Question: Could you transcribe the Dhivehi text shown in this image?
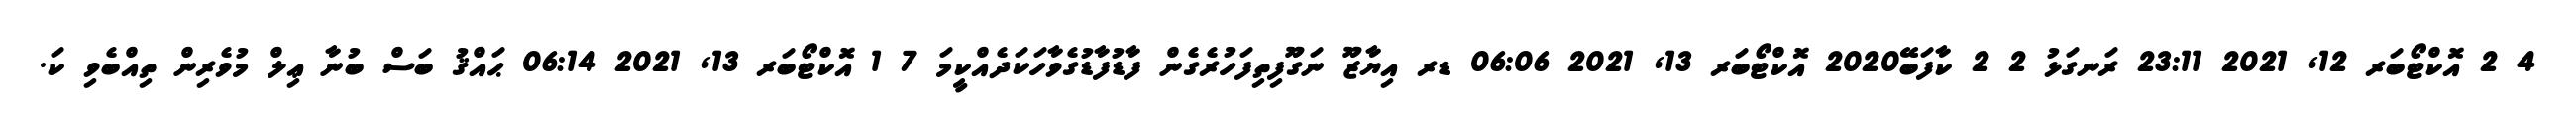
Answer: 4 2 އޮކްޓޯބަރ 12, 2021 23:11 ރަނގަޅު 2 2 ކާފަބޭ2020 އޮކްޓޯބަރ 13, 2021 06:06 ޑރ އިޔާޒޫ ނަގޫފިތިފަހުރެގެން ފާޑުފާޑުގެވާހަކަދެއްކީމަ 7 1 އޮކްޓޯބަރ 13, 2021 06:14 ޙައްޤު ބަސް ބުނާ ޢިލް މުވެރިން ތިއްބެވި ކަ.